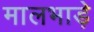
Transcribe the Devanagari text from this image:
मालभाड़े